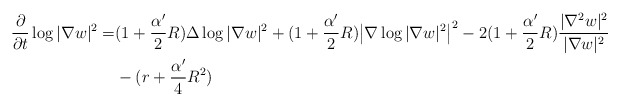
\begin{align*}\frac{\partial}{\partial t}\log|\nabla w|^2=&(1+\frac{\alpha'}{2}R)\Delta\log|\nabla w|^2+(1+\frac{\alpha'}{2}R)\big|\nabla\log|\nabla w|^2\big|^2-2(1+\frac{\alpha'}{2}R)\frac{|\nabla^2w|^2}{|\nabla w|^2}\\&-(r+\frac{\alpha'}{4}R^2)\end{align*}